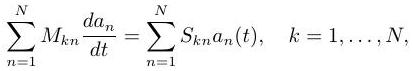
\[
\sum_{n=1}^{N} M_{k n} \frac{d a_{n}}{d t}=\sum_{n=1}^{N} S_{k n} a_{n}(t), \quad k=1, \ldots, N,
\]